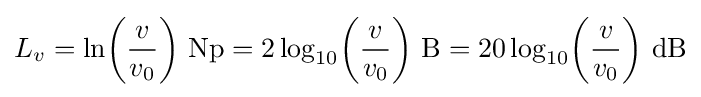
L_{v}=\ln \!\left({\frac {v}{v_{0}}}\right)\!~\mathrm {Np} =2\log _{10}\!\left({\frac {v}{v_{0}}}\right)\!~\mathrm {B} =20\log _{10}\!\left({\frac {v}{v_{0}}}\right)\!~\mathrm {dB}